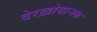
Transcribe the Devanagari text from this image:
वेरख़ोयान्स्क